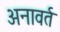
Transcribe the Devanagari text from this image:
अनावर्त